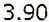
3.90